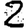
Digit: 2